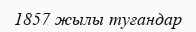
1857 жылы туғандар